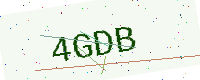
Text: 4GDB